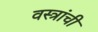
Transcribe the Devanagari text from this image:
वस्त्रांचीं